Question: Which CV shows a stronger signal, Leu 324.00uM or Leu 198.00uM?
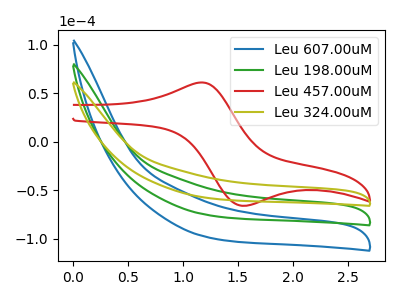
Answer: <think>The blue curve "Leu 607.00uM" has no peaks. The green curve "Leu 198.00uM" has no peaks. The red curve "Leu 457.00uM" has an anodic peak at (1.15V, 61.15uA) and a cathodic peak at (1.55V, -65.80uA). The olive curve "Leu 324.00uM" has no peaks.
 Neither "Leu 324.00uM" or "Leu 198.00uM" have any peaks.</think>
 <answer>I cant tell if "Leu 324.00uM" or "Leu 198.00uM" has more signal.</answer>
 <eval>mixed_signal</eval>